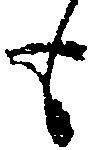
も